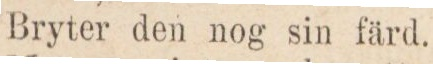
Bryter den nog sin färd.